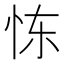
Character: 𫹼